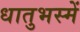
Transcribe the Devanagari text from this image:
धातुभस्में